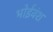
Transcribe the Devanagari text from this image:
भोईवंश